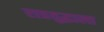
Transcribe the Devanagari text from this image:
रात्रयुद्धाला